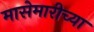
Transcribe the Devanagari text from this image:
मासेमारीच्या